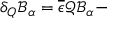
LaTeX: \delta _ { Q } \mathcal { B } _ { \alpha } = \overline { { { \epsilon } } } \mathcal { Q B } _ { \alpha } -